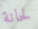
لحانة